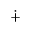
\dotplus